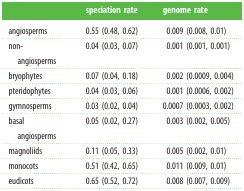
<table><thead><tr><td></td><td><b>speciation rate</b></td><td><b>genome rate</b></td></tr></thead><tbody><tr><td>angiosperms</td><td>0.55 (0.48, 0.62)</td><td>0.009 (0.008, 0.01)</td></tr><tr><td>non-angiosperms</td><td>0.04 (0.03, 0.07)</td><td>0.001 (0.001, 0.001)</td></tr><tr><td>bryophytes</td><td>0.07 (0.04, 0.18)</td><td>0.002 (0.0009, 0.004)</td></tr><tr><td>pteridophytes</td><td>0.04 (0.03, 0.06)</td><td>0.001 (0.0006, 0.002)</td></tr><tr><td>gymnosperms</td><td>0.03 (0.02, 0.04)</td><td>0.0007 (0.0003, 0.002)</td></tr><tr><td>basal angiosperms</td><td>0.05 (0.02, 0.27)</td><td>0.003 (0.002, 0.005)</td></tr><tr><td>magnoliids</td><td>0.11 (0.05, 0.33)</td><td>0.005 (0.002, 0.01)</td></tr><tr><td>monocots</td><td>0.51 (0.42, 0.65)</td><td>0.011 (0.009, 0.01)</td></tr><tr><td>eudicots</td><td>0.65 (0.52, 0.72)</td><td>0.008 (0.007, 0.009)</td></tr></tbody></table>